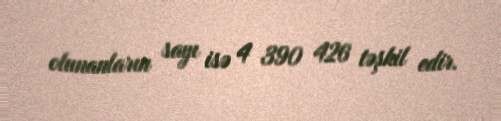
olunanların sayı isə 4 390 426 təşkil edir.